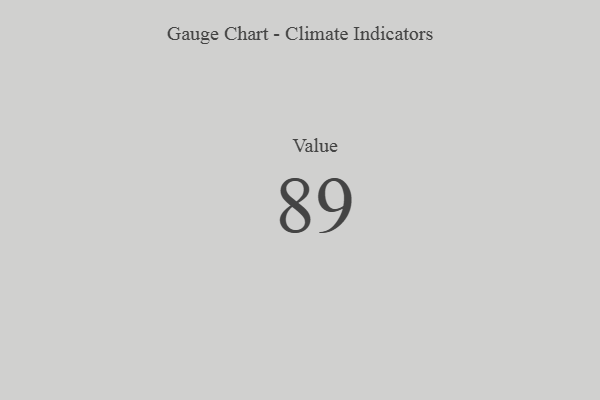
{"axis": {"x": "Metric", "y": "Value"}, "legend": [""], "data": [{"x": "Value", "y": 89, "type": ""}]}